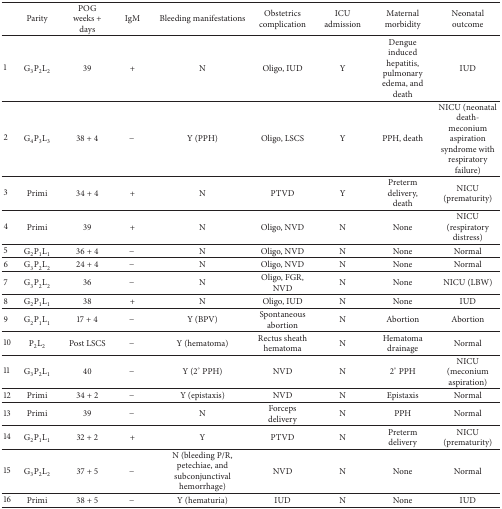
<table><thead><tr><td><b> </b></td><td><b>Parity </b></td><td><b>POG weeks + days</b></td><td><b>IgM</b></td><td><b>Bleeding manifestations</b></td><td><b>Obstetrics complication</b></td><td><b>ICU admission</b></td><td><b>Maternal morbidity</b></td><td><b>Neonatal outcome</b></td></tr></thead><tbody><tr><td>1</td><td>G<sub>3</sub>P<sub>2</sub>L<sub>2</sub></td><td>39</td><td>+</td><td>N</td><td>Oligo, IUD</td><td>Y</td><td>Dengue induced hepatitis, pulmonary edema, and death </td><td>IUD</td></tr><tr><td>2</td><td>G<sub>4</sub>P<sub>3</sub>L<sub>3</sub></td><td>38 + 4</td><td>−</td><td>Y (PPH)</td><td>Oligo, LSCS</td><td>Y</td><td>PPH, death</td><td>NICU (neonatal death-meconium aspiration syndrome with respiratory failure)</td></tr><tr><td>3</td><td>Primi</td><td>34 + 4</td><td>+</td><td>N</td><td>PTVD</td><td>Y</td><td>Preterm delivery, death </td><td>NICU (prematurity)</td></tr><tr><td>4</td><td>Primi</td><td>39</td><td>+</td><td>N</td><td>Oligo, NVD</td><td>N</td><td>None</td><td>NICU (respiratory distress)</td></tr><tr><td>5</td><td>G<sub>2</sub>P<sub>1</sub>L<sub>1</sub></td><td>36 + 4</td><td>−</td><td>N</td><td>Oligo, NVD</td><td>N</td><td>None</td><td>Normal</td></tr><tr><td>6</td><td>G<sub>3</sub>P<sub>2</sub>L<sub>2</sub></td><td>24 + 4</td><td>−</td><td>N</td><td>Oligo, NVD</td><td>N</td><td>None</td><td>Normal</td></tr><tr><td>7</td><td>G<sub>3</sub>P<sub>2</sub>L<sub>2</sub></td><td>36</td><td>−</td><td>N</td><td>Oligo, FGR, NVD</td><td>N</td><td>None</td><td>NICU (LBW)</td></tr><tr><td>8</td><td>G<sub>2</sub>P<sub>1</sub>L<sub>1</sub></td><td>38</td><td>+</td><td>N</td><td>Oligo, IUD</td><td>N</td><td>None</td><td>IUD</td></tr><tr><td>9</td><td>G<sub>2</sub>P<sub>1</sub>L<sub>1</sub></td><td>17 + 4</td><td>−</td><td>Y (BPV)</td><td>Spontaneous abortion </td><td>N</td><td>Abortion</td><td>Abortion</td></tr><tr><td>10</td><td>P<sub>2</sub>L<sub>2</sub></td><td>Post LSCS</td><td>−</td><td>Y (hematoma)</td><td>Rectus sheath hematoma</td><td>N</td><td> Hematoma drainage</td><td>Normal</td></tr><tr><td>11</td><td>G<sub>3</sub>P<sub>2</sub>L<sub>1</sub></td><td>40</td><td>−</td><td>Y (2° PPH)</td><td>NVD</td><td>N</td><td>2° PPH</td><td>NICU (meconium aspiration)</td></tr><tr><td>12</td><td>Primi</td><td>34 + 2</td><td>−</td><td>Y (epistaxis)</td><td>NVD</td><td>N</td><td>Epistaxis</td><td>Normal</td></tr><tr><td>13</td><td>Primi</td><td>39</td><td>−</td><td>N</td><td>Forceps delivery</td><td>N</td><td>PPH</td><td>Normal</td></tr><tr><td>14</td><td>G<sub>2</sub>P<sub>1</sub>L<sub>1</sub></td><td>32 + 2</td><td>+</td><td>Y</td><td>PTVD</td><td>N</td><td>Preterm delivery</td><td>NICU(prematurity)</td></tr><tr><td>15</td><td>G<sub>3</sub>P<sub>2</sub>L<sub>2</sub></td><td>37 + 5</td><td>−</td><td>N (bleeding P/R, petechiae, and subconjunctival hemorrhage)</td><td>NVD</td><td>N</td><td>None</td><td>Normal</td></tr><tr><td>16</td><td>Primi</td><td>38 + 5</td><td>−</td><td>Y (hematuria)</td><td>IUD</td><td>N</td><td>None</td><td>IUD</td></tr></tbody></table>